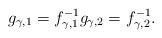
LaTeX: \begin{align*} g_{\gamma, 1} = f_{\gamma, 1}^{-1} g_{\gamma, 2} = f_{\gamma, 2}^{-1}.\end{align*}